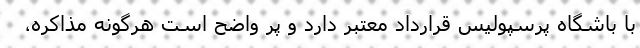
با باشگاه پرسپولیس قرارداد معتبر دارد و پر واضح است هرگونه مذاکره،